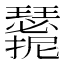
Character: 𭣑